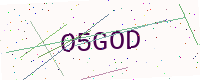
Text: O5GOD